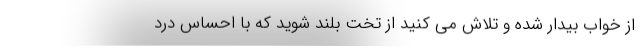
از خواب بیدار شده و تلاش می کنید از تخت بلند شوید که با احساس درد